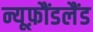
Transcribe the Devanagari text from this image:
न्यूफ़ौंडलैंड